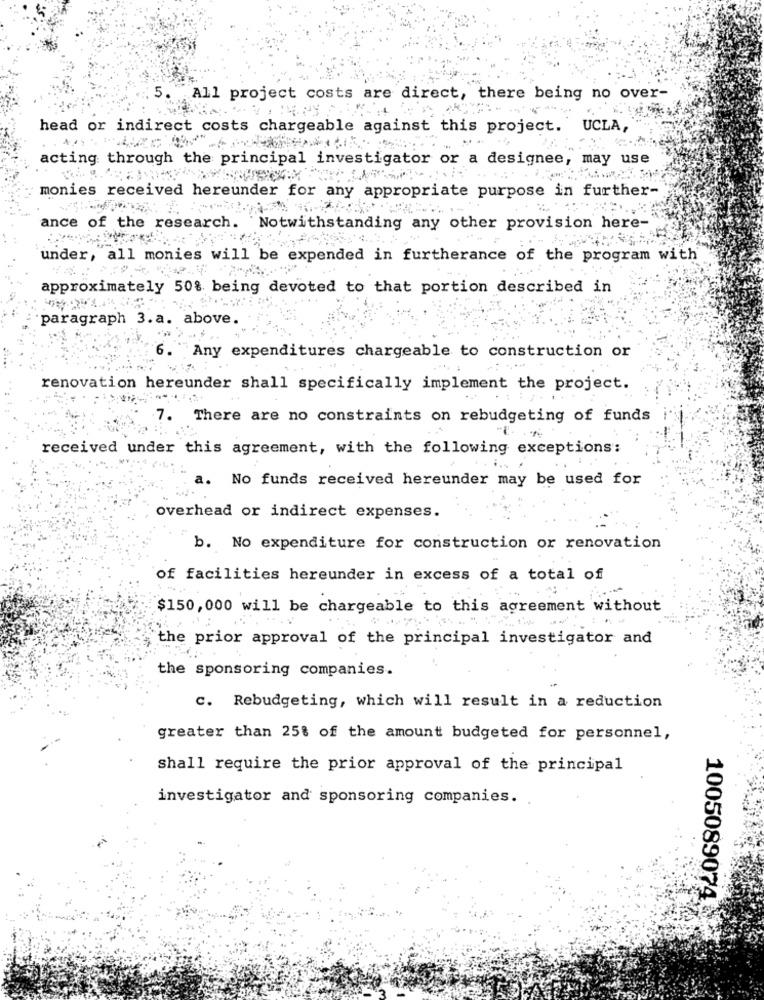
5.
All project costs are direct, there being no over-
head or indirect costs chargeable against this project. UCLA,
acting through the principal investigator or a designee, may use
monies received hereunder for any appropriate purpose in further-
ance of the research.
`Notwithstanding any other provision here-
under, all monies will be expended in furtherance of the program with
approximately 50% being devoted to that portion described in
paragraph 3.a. above.
6.
Any expenditures chargeable to construction or
renovation hereunder shall specifically implement the project.
There are no constraints on rebudgeting of funds
received under this agreement, with the following exceptions:
a. No funds received hereunder may be used for
overhead or indirect expenses.
b. No expenditure for construction or renovation
of facilities hereunder in excess of a total of
$150, 000 will be chargeable to this agreement without
the prior approval of the principal investigator and
the sponsoring companies.
c. Rebudgeting, which will result in a reduction
greater than 25% of the amount budgeted for personnel,
shall require the prior approval of the principal
investigator and sponsoring companies.
1005089074